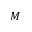
M